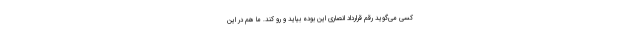
کسی می‌گوید رقم قرارداد انصاری این بوده بیاید و رو کند. ما هم در این